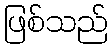
ဖြစ်သည်